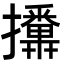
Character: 𭣏